Leaving Certificate Examination (including Day School Certificate (Higher) General paper), 1929
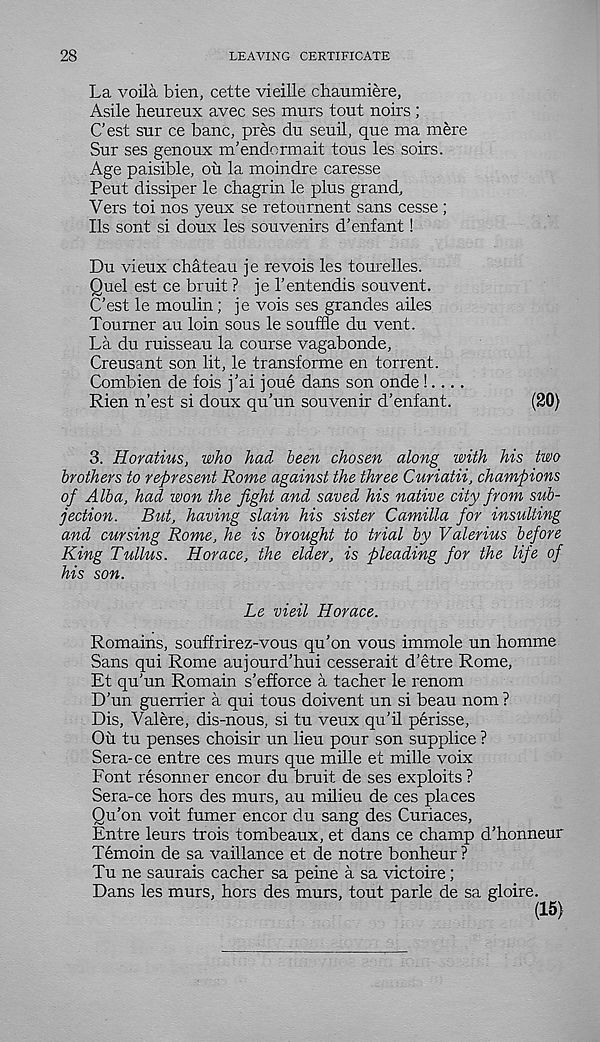
28
LEAVING CERTIFICATE
La voila bien, cette vieille chaumiere,
Asile heureux avec ses murs tout noirs ;
Cest sur ce banc, pres du seuil, que ma mere
Sur ses genoux m’endormait tous les soirs.
Age paisible, ou la moindre caresse
Pent dissiper le chagrin le plus grand.
Vers toi nos yeux se retournent sans cesse ;
Ils sont si doux les souvenirs d’enfant!
Du vieux chateau je revois les tourelles.
Quel est ce bruit ? je 1’entendis souvent.
C’est le moulin; je vois ses grandes ailes
Tourner au loin sous le souffle du vent.
La du ruisseau la course vagabonde,
Creusant son lit, le transforme en torrent.
Combien de fois j'ai joue dans son onde !....
Rien n’est si doux qu’un souvenir d’enfant.
(20)
3. Horatms, who had been chosen along with his two
brothers to represent Rome against the three Curiatii, champions
of Alba, had won the fight and saved his native city from sub-
jection. But, having slain his sister Camilla for insulting
and cursing Rome, he is brought to trial by Valerius before
King Tullus. Horace, the elder, is pleading for the life of
his son.
Le vieil Horace.
Remains, souffrirez-vous qu’on vous immole un homme
Sans qui Rome aujourd’hui cesserait d’etre Rome,
Et qu’un Remain s’efforce a tacher le renom
D’un guerrier a qui tous doivent un si beau nom ?
Dis, Valere, dis-nous, si tu veux qu’il perisse,
Ou tu penses choisir un lieu pour son supplice ?
Sera-ce entre ces murs que mille et mille voix
Font resonner encor du bruit de ses exploits ?
Sera-ce hors des murs, au milieu de ces places
Qu’on voit fumer encor du sang des Curiaces,
Entre leurs trois tombeaux, et dans ce champ d’honneur
Temoin de sa vaillance et de notre bonheur ?
Tu ne saurais cacher sa peine a sa victoire;
Dans les murs, hors des murs, tout parle de sa gloire.
(15)